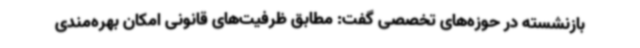
بازنشسته در حوزه‌های تخصصی گفت: مطابق ظرفیت‌های قانونی امکان بهره‌مندی